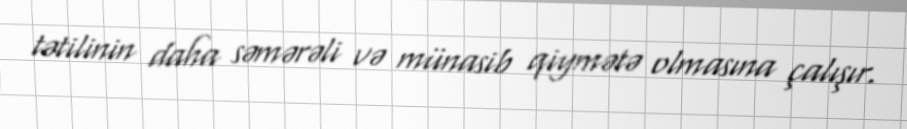
tətilinin daha səmərəli və münasib qiymətə olmasına çalışır.